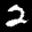
Label: 2